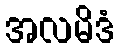
အလမိဒံ